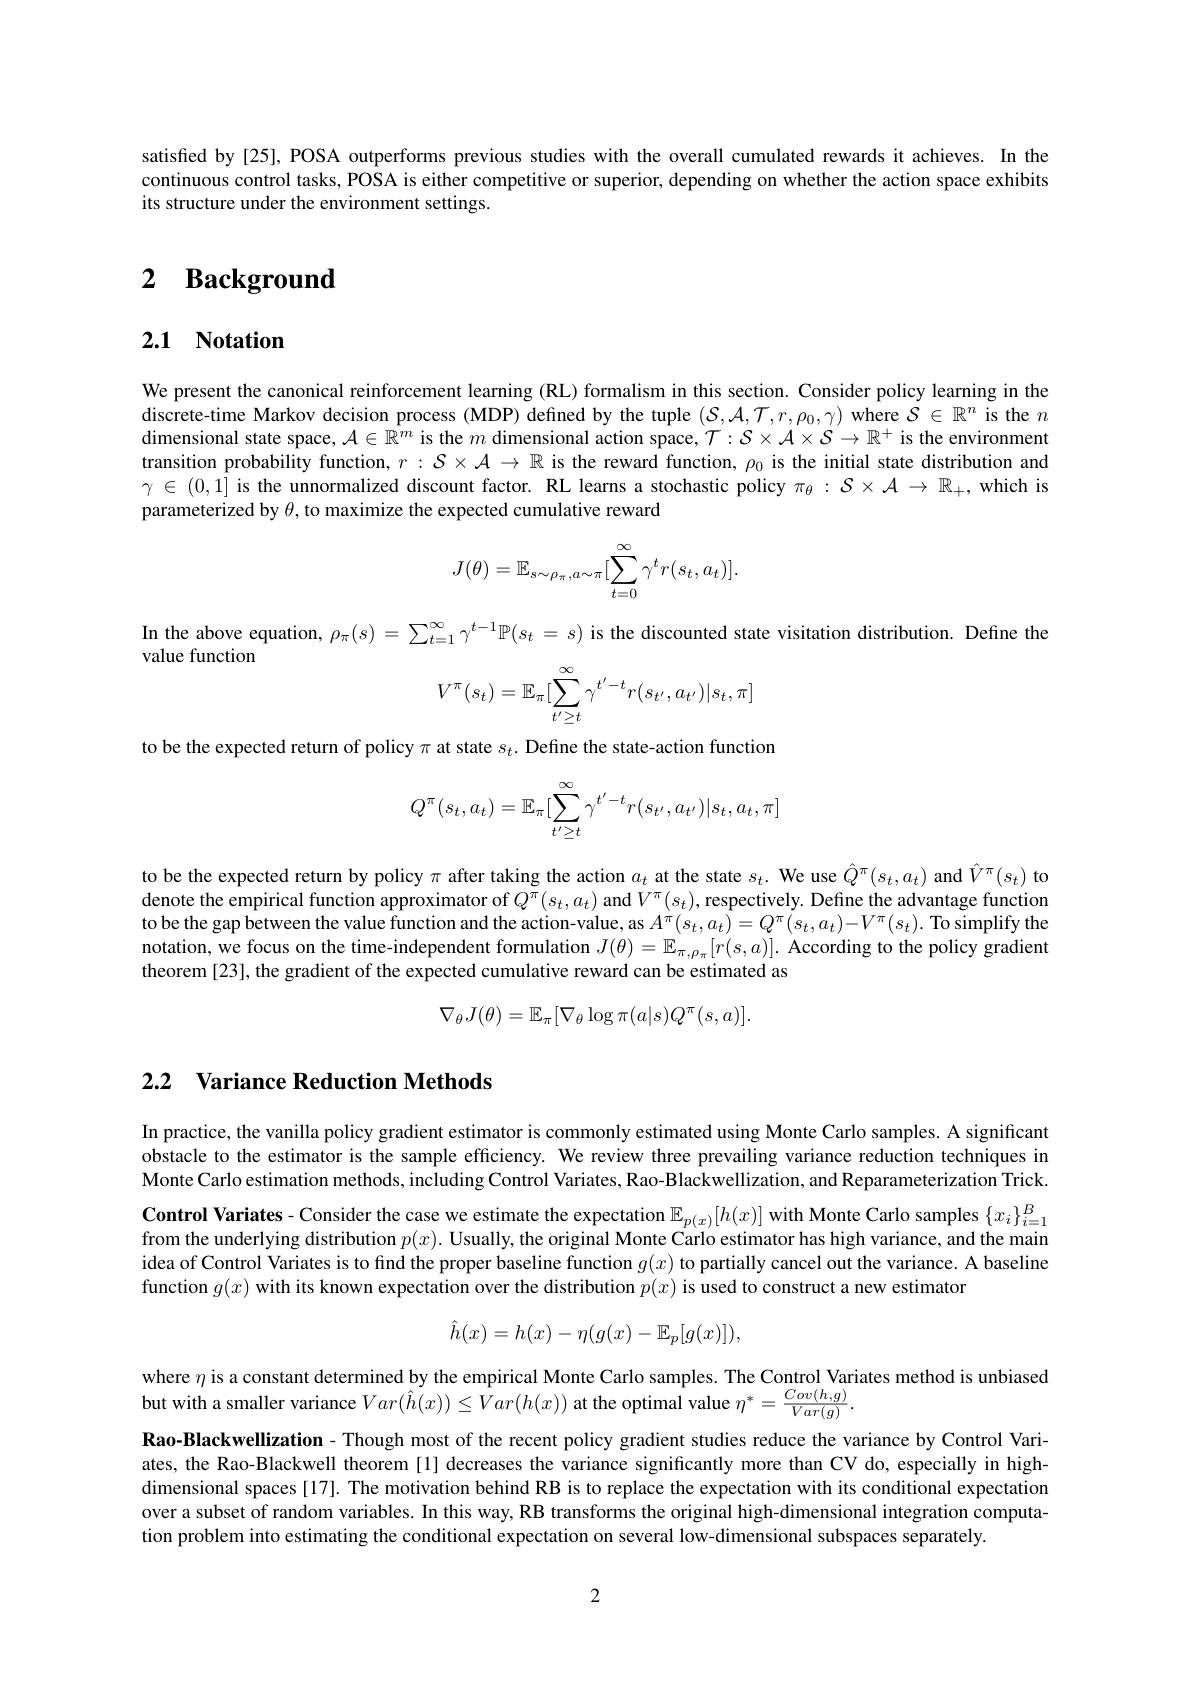
satisfied by[25], POSA outperforms previous studies with the overall cumulated rewards it achieves. In the continuous control tasks, POSA is either competitive or superior, depending on whether the action space exhibits its structure under the environment settings.

# 2 $\textbf{Background}$

# 2.1 Notation

We present the canonical reinforcement learning (RL) formalism in this section. Consider policy learning in the discrete-time Markov decision process (MDP) defined by the tuple $(\mathcal{S},\mathcal{A},\mathcal{T},r,\rho_0,\gamma)$ where $\mathcal{S}\in\mathbb{R}^n$ is the $n$ dimensional state space, $\mathcal{A}\in\mathbb{R}^m$ is the $m$ dimensional action space, $\mathcal{T}:\mathcal{S}\times\mathcal{A}\times\mathcal{S}\to\mathbb{R}^+$ is the environment transition probability function, $r:\mathcal{S}\times\mathcal{A}\to\mathbb{R}$ is the reward function, $\rho_0$ is the initial state distribution and $\gamma\in(0,1]$ is the unnormalized discount factor. RL learns a stochastic policy $\pi_\theta:\mathcal{S}\times\mathcal{A}\to\mathbb{R}_+$, which is parameterized by $\theta$, to maximize the expected cumulative reward
$$J(\theta)=\mathbb{E}_{s\sim\rho_\pi,a\sim\pi}[\sum_{t=0}^{\infty}\gamma^tr(s_t,a_t)].$$
In the above equation, $\rho_\pi(s)=\sum_{t=1}^\infty\gamma^{t-1}\mathbb{P}(s_t=s)$ is the discounted state visitation distribution. Define the

value function
$$V^\pi(s_t)=\mathbb{E}_\pi[\sum_{t'\ge t}^\infty\gamma^{t'-t}r(s_{t'},a_{t'})|s_t,\pi]$$
to be the expected return of policy $\pi$ at state $s_t.$ Define the state-action function
$$Q^\pi(s_t,a_t)=\mathbb{E}_\pi[\sum_{t'\ge t}^\infty\gamma^{t'-t}r(s_{t'},a_{t'})|s_t,a_t,\pi]$$
to be the expected return by policy $\pi$ after taking the action $a_t$ at the state $s_t.$ We use $\hat{Q}^\pi(s_t,a_t)$ and $\hat{V}^\pi(s_t)$ to denote the empirical function approximator of $Q^{\pi}(s_t,a_t)$ and $V^\pi(s_t)$,respectively. Define the advantage function to be the gap between the value function and the action-value, as $A^{\pi}(s_t,a_t)=Q^{\pi}(s_t,a_t)-V^{\pi}(s_t).$ To simplify the notation, we focus on the time-independent formulation $J(\theta)=\mathbb{E}_{\pi,\rho_\pi}[r(s,\alpha)].$ According to the policy gradient theorem [23], the gradient of the expected cumulative reward can be estimated as
$$\nabla_\theta J(\theta)=\mathbb{E}_\pi[\nabla_\theta\log\pi(a|s)Q^\pi(s,a)].$$
## 2.2 Variance Reduction Methods

In practice, the vanilla policy gradient estimator is commonly estimated using Monte Carlo samples. A significant obstacle to the estimator is the sample efficiency. We review three prevailing variance reduction techniques in Monte Carlo estimation methods, including Control Variates, Rao-Blackwellization, and Reparameterization Trick.

Control Variates- Consider the case we estimate the expectation $\mathbb{E}_{p(x)}[h(x)]$ with Monte Carlo samples $\{x_i\}_i=1^B$ from the underlying distribution $p(x).$ Usually, the original Monte Carlo estimator has high variance, and the main idea of Control Variates is to find the proper baseline function $g(x)$ to partially cancel out the variance. A baseline function $g(x)$ with its known expectation over the distribution $p(x)$ is used to construct a new estimator
$$\hat{h}(x)=h(x)-\eta(g(x)-\mathbb{E}_p[g(x)]),$$
where $\eta$ is a constant determined by the empirical Monte Carlo samples. The Control Variates method is unbiased
but with a smaller variance $Var(\hat{h}(x))\leq\hat{V}ar(h(x))$ at the optimal value $\eta^*=\frac{Cov(h,g)}{Var(g)}.$

Rao-Blackwellization - Though most of the recent policy gradient studies reduce the variance by Control Variates, the Rao-Blackwell theorem [1] decreases the variance significantly more than CV do, especially in highdimensional spaces [17]. The motivation behind RB is to replace the expectation with its conditional expectation over a subset of random variables. In this way, RB transforms the original high-dimensional integration computation problem into estimating the conditional expectation on several low-dimensional subspaces separately.

2